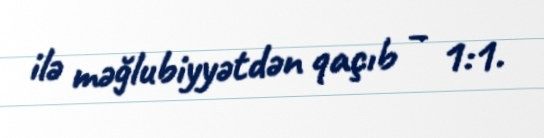
ilə məğlubiyyətdən qaçıb – 1:1.